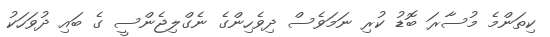
ކިތަންމެ މުސާރަ ބޮޑު ކުރި ނަމަވެސް ދިވެހިންގެ ނެގްލިޖެންސީ ގެ ބައި ދުވަހަކު